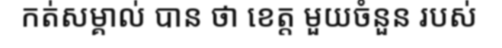
កត់សម្គាល់ បាន ថា ខេត្ត មួយចំនួន របស់